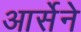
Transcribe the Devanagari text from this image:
आर्सेने